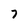
Character: 7